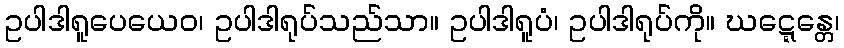
ဥပါဒါရူပေယေဝ၊ ဥပါဒါရုပ်သည်သာ။ ဥပါဒါရူပံ၊ ဥပါဒါရုပ်ကို။ ဃဋ္ဋေန္တေ၊